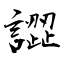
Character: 譅